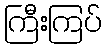
ကြီးကြပ်